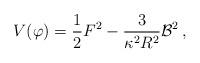
LaTeX: \begin{align*}V(\varphi) = \frac{1}{2} F^2 - \frac{3}{\kappa^2 R^2} {\cal B}^2\, ,\end{align*}